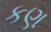
કણ